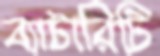
ব্যাটারিটি